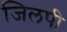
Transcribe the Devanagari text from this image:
जिलपी